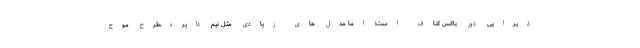
ذیرایی دور باکس کناف است؛ اما مدل های زیادی مثل نیم دایره،طرح موج